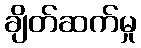
ချိတ်ဆက်မှု